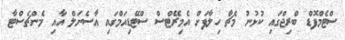
ސްޓެމްފޮޑް ބްރިޖްގައި ކުޅުނު މެޗާ ހިލާފަށް އެމިރޭޓްސް ސްޓޭޑިއަމްގައި އާސެނަލް އާއި މެންޗެސްޓާ